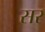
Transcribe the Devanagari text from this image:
सर